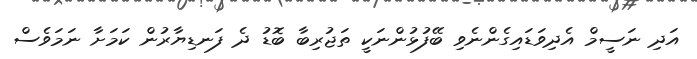
އަދި ނަސީމް އެދިވަޑައިގެންނެވި ބޭފުޅުންނަކީ ތަޖުރިބާ ބޮޑު ދެ ފަނޑިޔާރުން ކަމަށާ ނަމަވެސް